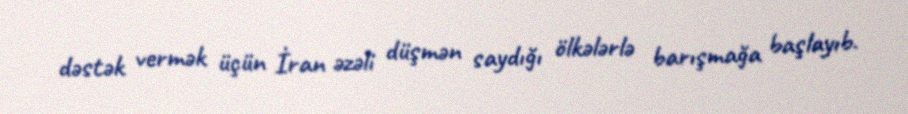
dəstək vermək üçün İran əzəli düşmən saydığı ölkələrlə barışmağa başlayıb.